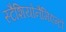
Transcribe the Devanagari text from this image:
स्टैशियोनैमिएन्टो